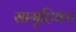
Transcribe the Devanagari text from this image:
सामूहिक।